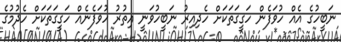
ނަބީހުގެ އެއް ހުވަފެން ހަގީގަތަކަށް ހެދިއިރު ނަބީހުވަނީ އިތުރު ހުވަފެނެއް ހަގީގަތަކަށް ހެދުމުގެ